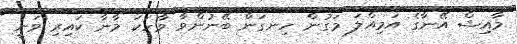
މާއިޝް އޭނާގެ އަމިއްލަ މަގުން ހިނގަން ބޭނުންވާ ވާހަކަ މާނާ ކައިރި ވަނީ